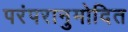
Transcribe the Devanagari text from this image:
परंपरानुमोदित